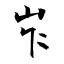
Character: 岝